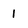
Character: 1